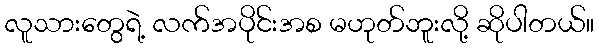
လူသားတွေရဲ့ လက်အပိုင်းအစ မဟုတ်ဘူးလို့ ဆိုပါတယ်။